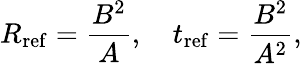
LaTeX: R_{\mathrm{ref}}=\frac{B^{2}}{A},\quad t_{\mathrm{ref}}=\frac{B^{2}}{A^{2}},